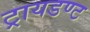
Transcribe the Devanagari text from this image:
ट्रायडण्ट